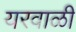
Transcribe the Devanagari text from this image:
यरवाळी